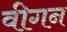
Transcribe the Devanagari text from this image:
वीगन